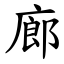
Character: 廊